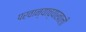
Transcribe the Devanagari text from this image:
परवान्याच्याखाली